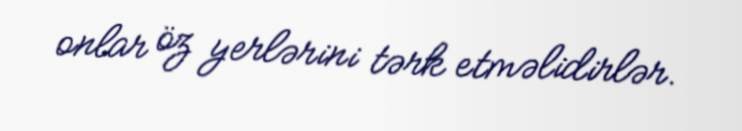
onlar öz yerlərini tərk etməlidirlər.